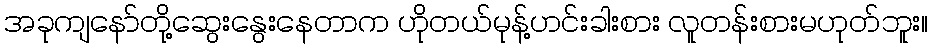
အခုကျနော်တို့ဆွေးနွေးနေတာက ဟိုတယ်မုန့်ဟင်းခါးစား လူတန်းစားမဟုတ်ဘူး။